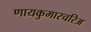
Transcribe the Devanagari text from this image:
णायकुमारचरिअ